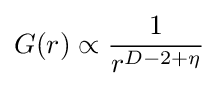
G(r)\propto {\frac {1}{r^{D-2+\eta }}}